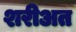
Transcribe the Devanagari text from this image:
शरीअत